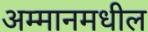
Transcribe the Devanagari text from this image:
अम्मानमधील